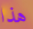
هذا